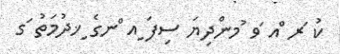
ކު ަރ ްއ ަވ ުމންދިޔަ ސިފަ ިއ ްނގެ ިޚދުމަތު ަގ